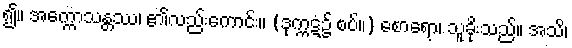
၍။ အက္ကောသန္တဿ၊ ၏လည်းကောင်း။ (ဒုက္ကဋံ၌ စပ်။) စောရော၊ သူခိုးသည်။ အသိ၊